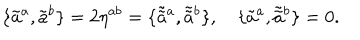
\{ \tilde { a } ^ { a } , \tilde { a } ^ { b } \} = 2 \eta ^ { a b } = \{ \tilde { \tilde { a } } { } ^ { a } , \tilde { \tilde { a } } { } ^ { b } \} , \quad \{ \tilde { a } ^ { a } , \tilde { \tilde { a } } { } ^ { b } \} = 0 .